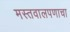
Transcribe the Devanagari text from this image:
मस्तवालपणाचा